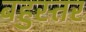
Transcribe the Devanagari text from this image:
बहुस्तर